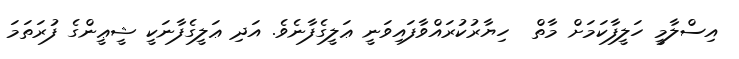
އިސްލާމީ ހަލީފާކަމަށް މާތް  ހިޔާރުކުރައްވާފައިވަނީ ޢަލީގެފާނެވެ. އަދި ޢަލީގެފާނަކީ ޝީޢީންގެ ފުރަތަމަ